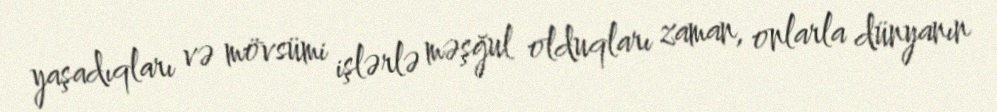
yaşadıqları və mövsümi işlərlə məşğul olduqları zaman, onlarla dünyanın